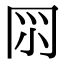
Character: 𠕘